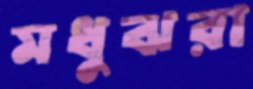
মধুঝরা